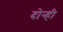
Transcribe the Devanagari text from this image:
दोन्‍ही